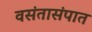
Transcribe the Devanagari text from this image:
वसंतासंपात